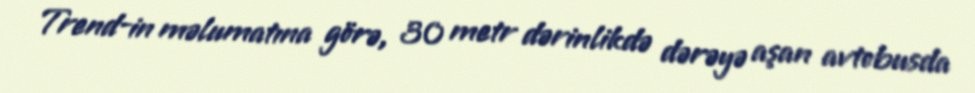
Trend-in məlumatına görə, 30 metr dərinlikdə dərəyə aşan avtobusda